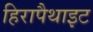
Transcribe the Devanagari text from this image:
हिरापैथाइट